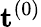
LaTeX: \mathbf{t}^{(0)}